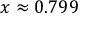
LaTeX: x \approx 0 . 7 9 9